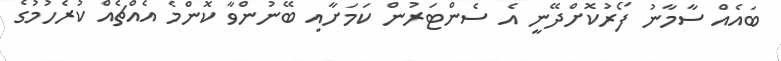
ބައެއް ސާމާނު ފޯރުކޮށްދޭނީ އެ ސެންޓަރުން ކަމަށާއި ބޭނުންވާ ކޮންމެ އެއްޗެއް ކުރެހުމުގެ